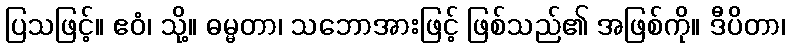
ပြသဖြင့်။ ဧဝံ၊ သို့။ ဓမ္မတာ၊ သဘောအားဖြင့် ဖြစ်သည်၏ အဖြစ်ကို။ ဒီပိတာ၊